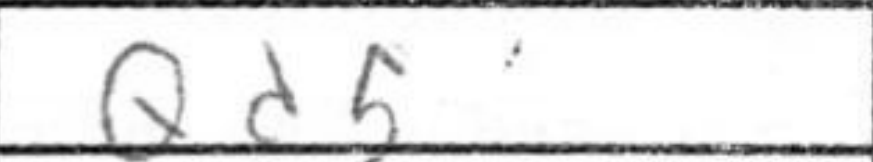
Transcription: Qd5